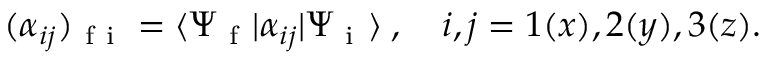
\begin{array} { r } { ( \alpha _ { i j } ) _ { \mathrm { ~ f ~ i ~ } } = \langle \Psi _ { \mathrm { ~ f ~ } } | \alpha _ { i j } | \Psi _ { \mathrm { ~ i ~ } } \rangle \; , \quad i , j = 1 ( x ) , 2 ( y ) , 3 ( z ) . } \end{array}